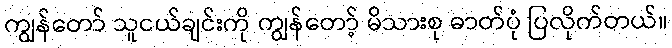
ကျွန်တော် သူငယ်ချင်းကို ကျွန်တော့် မိသားစု ဓာတ်ပုံ ပြလိုက်တယ်။